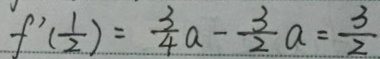
f ^ { \prime } ( \frac { 1 } { 2 } ) = \frac { 3 } { 4 } a - \frac { 3 } { 2 } a = \frac { 3 } { 2 }